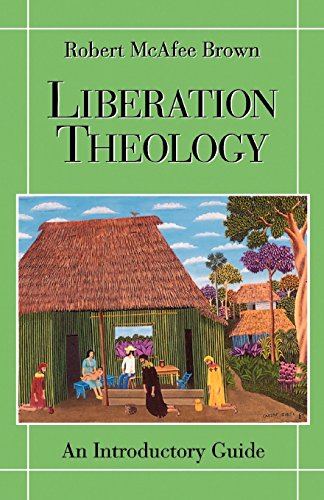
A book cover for Liberation Theology: An Introductory Guide; Robert McAfee Brown; Christian Books & Bibles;